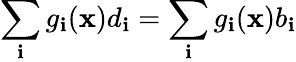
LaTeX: \sum_{\mathbf{i}}g_{\mathbf{i}}(\mathbf{x})d_{\mathbf{i}}=\sum_{\mathbf{i}}g_{\mathbf{i}}(\mathbf{x})b_{\mathbf{i}}